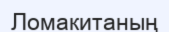
Ломакитаның